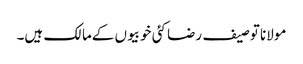
مولانا توصیف رضا کئی خوبیوں کےمالک ہیں۔